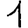
Digit: 1